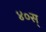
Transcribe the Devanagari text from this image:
४०स्